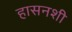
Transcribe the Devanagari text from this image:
हासनशी